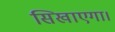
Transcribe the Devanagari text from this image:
सिखाएगा।